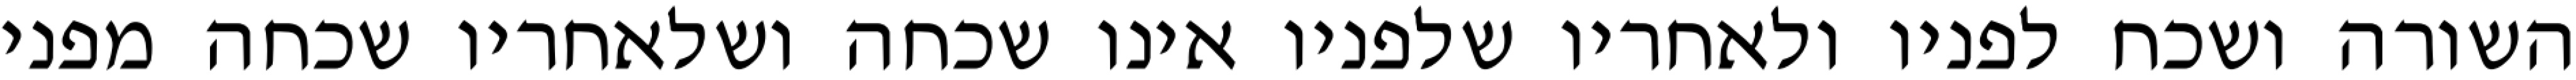
השורה ושכח לפניו ולאחריו שלפניו אינו שכחה ושלאחריו שכחה מפני